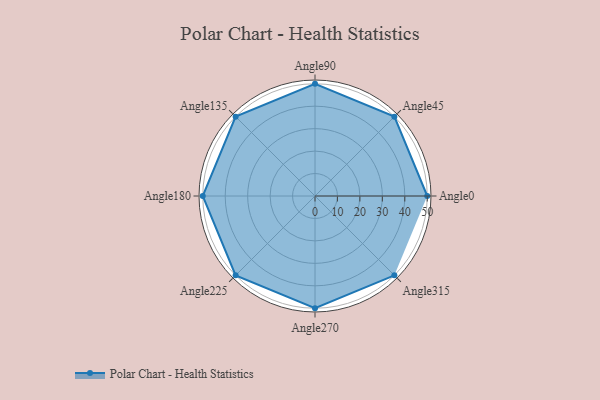
{"axis": {"x": "Angle", "y": "Radius"}, "legend": [""], "data": [{"x": "Angle0", "y": 50.0, "type": ""}, {"x": "Angle45", "y": 50, "type": ""}, {"x": "Angle90", "y": 50, "type": ""}, {"x": "Angle135", "y": 50, "type": ""}, {"x": "Angle180", "y": 50, "type": ""}, {"x": "Angle225", "y": 50, "type": ""}, {"x": "Angle270", "y": 50, "type": ""}, {"x": "Angle315", "y": 50, "type": ""}]}